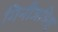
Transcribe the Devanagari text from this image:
गिनीजविश्व